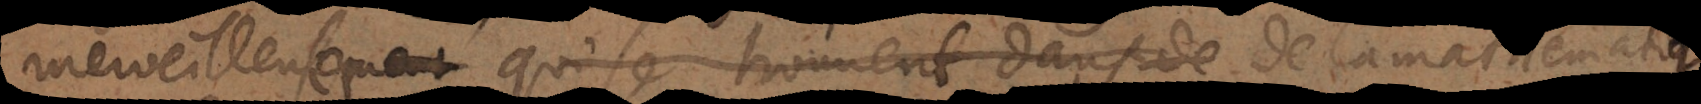
merveilleuses qui se trouvent dans les mathematiques